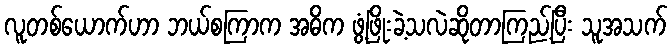
လူတစ်ယောက်ဟာ ဘယ်စကြာက အဓိက ဖွံ့ဖြိုးခဲ့သလဲဆိုတာကြည့်ပြီး သူအသက်